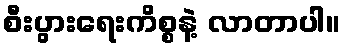
စီးပွားရေးကိစ္စနဲ့ လာတာပါ။